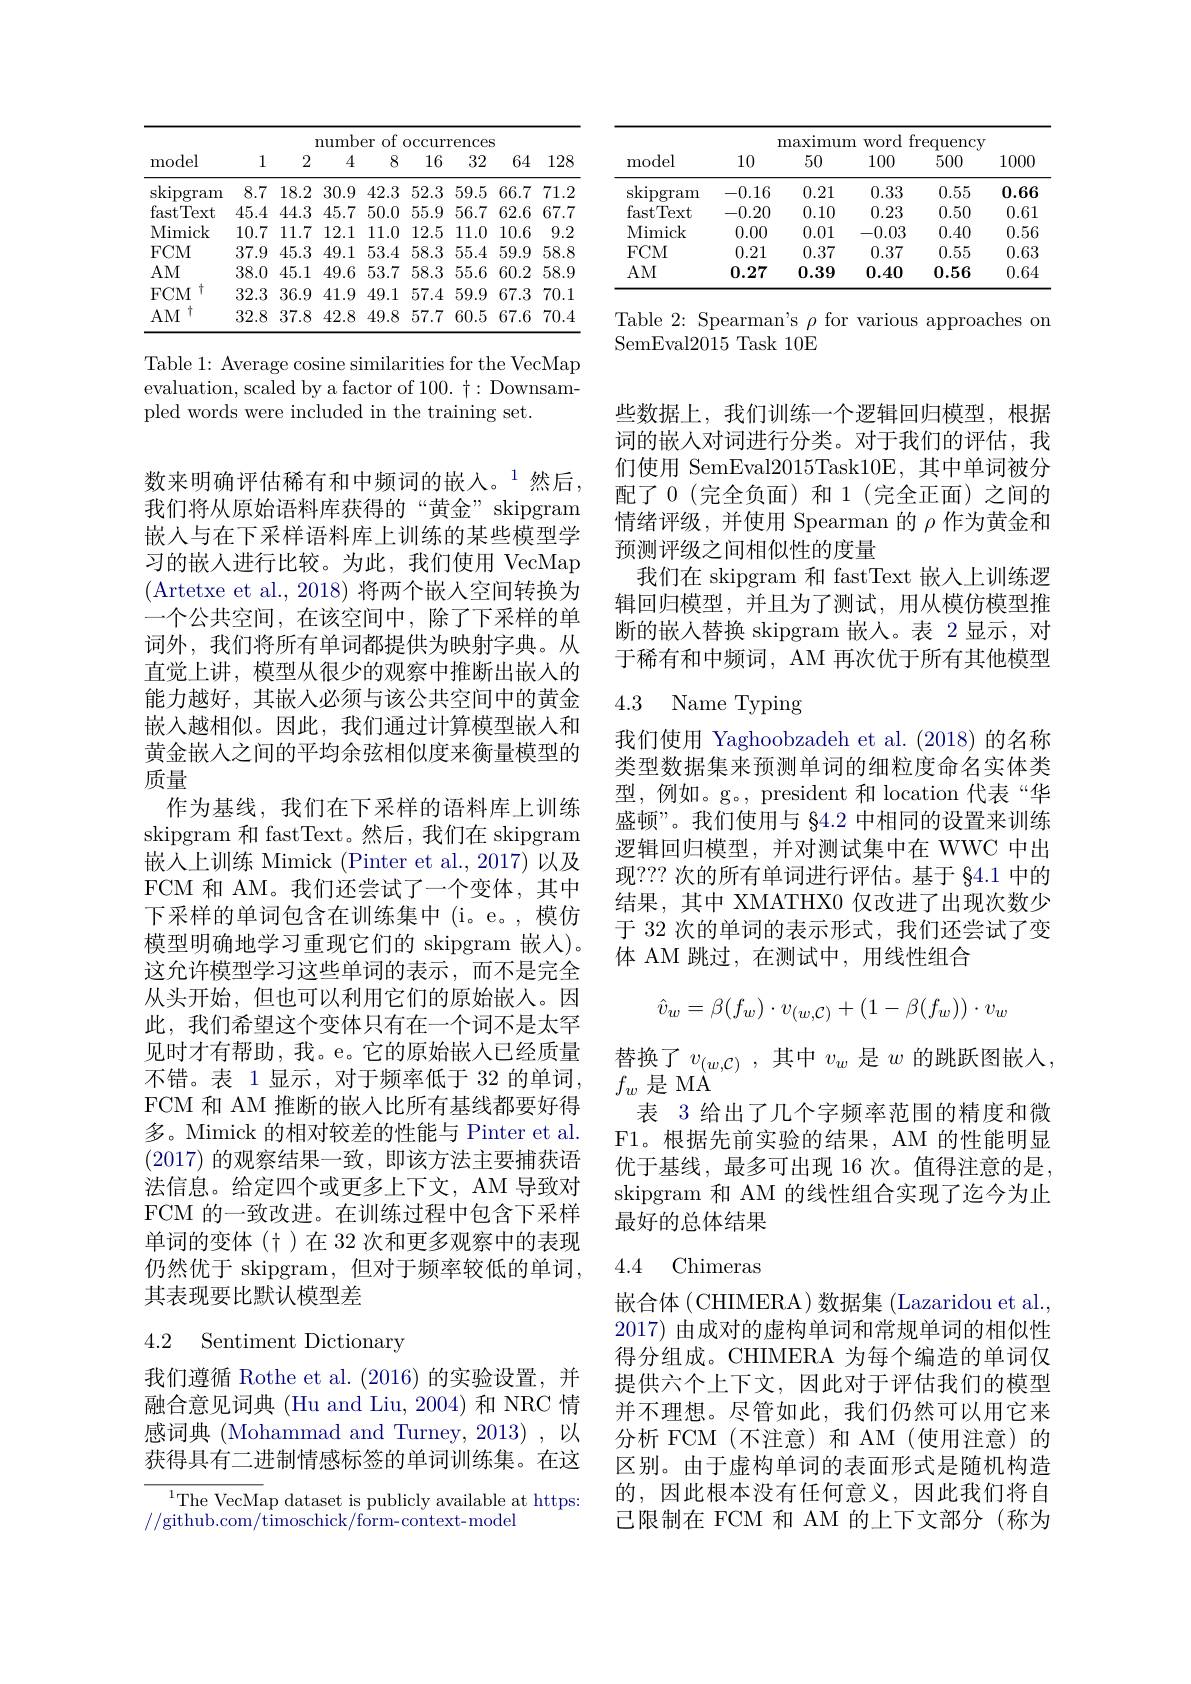
<table>
	<tbody>
		<tr>
			<th rowspan="2">model</th>
			<th colspan="8">number $0f$ OCCUL rrences</th>
		</tr>
		<tr>
			<th>1</th>
			<th>2</th>
			<th>4</th>
			<th>8</th>
			<th>16</th>
			<th>32</th>
			<th>64</th>
			<th>128</th>
		</tr>
		<tr>
			<td>$\operatorname{skipgram}$</td>
			<td>8.7</td>
			<td>18.2</td>
			<td>30.9</td>
			<td>42.3</td>
			<td>52.3</td>
			<td>59.5</td>
			<td>66.7</td>
			<td>71.2</td>
		</tr>
		<tr>
			<td>fastText</td>
			<td>45.4</td>
			<td>44.3</td>
			<td>45.7</td>
			<td>50.0</td>
			<td>55.9</td>
			<td>56.7</td>
			<td>62.6</td>
			<td>67.7</td>
		</tr>
		<tr>
			<td>Mimick</td>
			<td>10.7</td>
			<td>11.7</td>
			<td>12.1</td>
			<td>11.0</td>
			<td>12.5</td>
			<td>11.0</td>
			<td>10.6</td>
			<td>9.2</td>
		</tr>
		<tr>
			<td>$FCM$</td>
			<td>37.9</td>
			<td>45.3</td>
			<td>49.1</td>
			<td>53.4</td>
			<td>58.3</td>
			<td>55.4</td>
			<td>59.9</td>
			<td>58.8</td>
		</tr>
		<tr>
			<td>$AM$</td>
			<td>38.0</td>
			<td>45.1</td>
			<td>49.6</td>
			<td>53.7</td>
			<td>58.3</td>
			<td>55.6</td>
			<td>60.2</td>
			<td>58.9</td>
		</tr>
		<tr>
			<td>$FCM$</td>
			<td>32.3</td>
			<td>36.9</td>
			<td>41.9</td>
			<td>49.1</td>
			<td>57.4</td>
			<td>59.9</td>
			<td>67.3</td>
			<td>70.1</td>
		</tr>
		<tr>
			<td>十 $AM$</td>
			<td>32.8</td>
			<td>37.8</td>
			<td>42.8</td>
			<td>49.8</td>
			<td>57.7</td>
			<td>60.5</td>
			<td>67.6</td>
			<td>70.4</td>
		</tr>
	</tbody>
</table>

Table 1: Average cosine similarities for the VecMap evaluation, scaled by a factor of 100. $\dagger:$ Downsampled words were included in the training set.

数来明确评估稀有和中频词的嵌入。$^{1}$然后， 我们将从原始语料库获得的“黄金” skipgram 嵌入与在下采样语料库上训练的某些模型学习的嵌入进行比较。为此，我们使用 VecMap (Artetxe et al., 2018) 将两个嵌人空间转换为一个公共空间，在该空间中，除了下采样的单词外，我们将所有单词都提供为映射字典。从直觉上讲，模型从很少的观察中推断出嵌入的能力越好，其嵌人必须与该公共空间中的黄金嵌入越相似。因此，我们通过计算模型嵌入和黄金嵌人之间的平均余弦相似度来衡量模型的质量
作为基线，我们在下采样的语料库上训练skipgram 和 fastText。然后，我们在 skipgram 嵌入上训练 Mimick (Pinter et al., 2017) 以及FCM 和 AM。我们还尝试了一个变体，其中下采样的单词包含在训练集中(i。e。,模仿模型明确地学习重现它们的 skipgram 嵌入)。这允许模型学习这些单词的表示，而不是完全从头开始，但也可以利用它们的原始嵌人。因此，我们希望这个变体只有在一个词不是太罕见时才有帮助，我。e。它的原始嵌入已经质量不错。表 1 显示，对于频率低于 32 的单词， FCM 和 AM 推断的嵌入比所有基线都要好得多。Mimick 的相对较差的性能与 Pinter et al. (2017)的观察结果一致，即该方法主要捕获语法信息。给定四个或更多上下文，AM 导致对FCM 的一致改进。在训练过程中包含下采样单词的变体(十)在 32 次和更多观察中的表现仍然优于 skipgram,但对于频率较低的单词， 其表现要比默认模型差

### 4.2 Sentiment Dictionary

我们遵循 Rothe et al.(2016)的实验设置，并融合意见词典 (Hu and Liu, 2004) 和 NRC 情感词典 (Mohammad and Turney, 2013),以获得具有二进制情感标签的单词训练集。在这

$^{1}$The VecMap dataset is publicly available at https:
//github.com/timoschick/form-context-model

<table>
	<tbody>
		<tr>
			<th rowspan="2">model</th>
			<th>$I$</th>
			<th>${\mathrm{maximum}}$</th>
			<th colspan="3">Word frequency</th>
		</tr>
		<tr>
			<th>10</th>
			<th>50</th>
			<th>100</th>
			<th>500</th>
			<th>1000</th>
		</tr>
		<tr>
			<td>skipgram</td>
			<td>-0.16</td>
			<td>0.21</td>
			<td>0.33</td>
			<td>0.55</td>
			<td>0.66</td>
		</tr>
		<tr>
			<td>fastText</td>
			<td>-0.20</td>
			<td>0.10</td>
			<td>0.23</td>
			<td>0.50</td>
			<td>0.61</td>
		</tr>
		<tr>
			<td>Mimick</td>
			<td>0.00</td>
			<td>0.01</td>
			<td>-0.03</td>
			<td>0.40</td>
			<td>0.56</td>
		</tr>
		<tr>
			<td>$FCM$</td>
			<td>0.21</td>
			<td>0.37</td>
			<td>0.37</td>
			<td>0.55</td>
			<td>0.63</td>
		</tr>
		<tr>
			<td>$AM$</td>
			<td>0.27</td>
			<td>0.39</td>
			<td>0.40</td>
			<td>0.56</td>
			<td>0.64</td>
		</tr>
	</tbody>
</table>

Table 2: Spearman's $\rho$ for various approaches on
SemEval2015 Task 10E

些数据上，我们训练一个逻辑回归模型，根据词的嵌人对词进行分类。对于我们的评估，我们使用 SemEval2015Task10E,其中单词被分配了 0 (完全负面) 和 1 (完全正面) 之间的情绪评级，并使用 Spearman 的$\rho$作为黄金和预测评级之间相似性的度量
我们在 skipgram 和 fastText 嵌入上训练逻辑回归模型，并且为了测试，用从模仿模型推断的嵌入替换 skipgram 嵌人。表 2 显示，对于稀有和中频词，AM 再次优于所有其他模型

### 4.3 Name Typing

我们使用 Yaghoobzadeh et al. (2018) 的名称类型数据集来预测单词的细粒度命名实体类型，例如。g。, president 和 location 代表“华盛顿”。我们使用与 §4.2 中相同的设置来训练逻辑回归模型，并对测试集中在 WWC 中出现？?? 次的所有单词进行评估。基于 §4.1 中的结果，其中 XMATHX0 仅改进了出现次数少于 32 次的单词的表示形式，我们还尝试了变体 AM 跳过，在测试中，用线性组合
$$\hat{v}_w=\beta(f_w)\cdot v_{(w,\mathcal{C})}+(1-\beta(f_w))\cdot v_w$$
替换了$v_{(w,\mathcal{C})}$,其中$v_w$ 是$w$的跳跃图嵌入，
$f_w$是 MÅ
表 3 给出了几个字频率范围的精度和微F1。根据先前实验的结果，AM 的性能明显优于基线，最多可出现 16 次。值得注意的是， skipgram 和 AM 的线性组合实现了迄今为止最好的总体结果

### 4.4 Chimeras

嵌合体(CHIMERA)数据集(Lazaridou et al. 2017) 由成对的虚构单词和常规单词的相似性得分组成。CHIMERA 为每个编造的单词仅提供六个上下文，因此对于评估我们的模型并不理想。尽管如此，我们仍然可以用它来分析 FCM(不注意)和 AM(使用注意)的区别。由于虚构单词的表面形式是随机构造的，因此根本没有任何意义，因此我们将自己限制在 FCM 和 AM 的上下文部分(称为